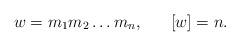
LaTeX: \begin{align*}w = m_{1}m_{2}\ldots m_{n} , \;\;\;\;\;\; [w] = n.\end{align*}